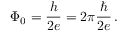
\Phi _ { 0 } = { \frac { h } { 2 e } } = 2 \pi { \frac { \hbar } { 2 e } } \, .